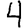
Digit: 4